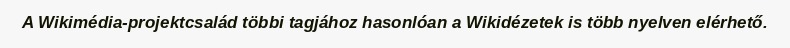
A Wikimédia-projektcsalád többi tagjához hasonlóan a Wikidézetek is több nyelven elérhető.